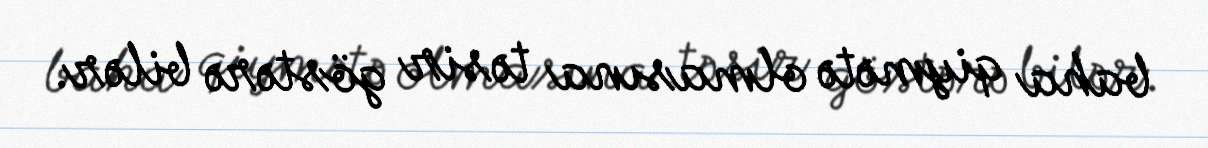
baha qiymətə olmasına təsir göstərə bilər.